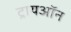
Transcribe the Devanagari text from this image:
ट्रायऑन